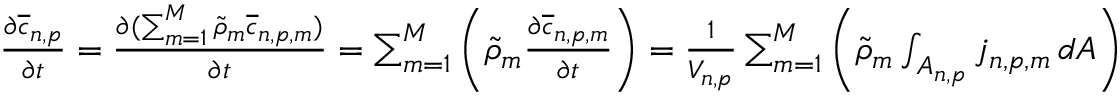
\begin{array} { r } { \frac { \partial \overline { { c } } _ { n , p } } { \partial t } = \frac { \partial ( \sum _ { m = 1 } ^ { M } \widetilde { \rho } _ { m } \overline { { c } } _ { n , p , m } ) } { \partial t } = \sum _ { m = 1 } ^ { M } \left( \widetilde { \rho } _ { m } \frac { \partial \overline { { c } } _ { n , p , m } } { \partial t } \right) = \frac { 1 } { V _ { n , p } } \sum _ { m = 1 } ^ { M } \left( \widetilde { \rho } _ { m } \int _ { A _ { n , p } } j _ { n , p , m } \, d A \right) } \end{array}